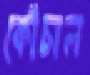
কোঁচাল